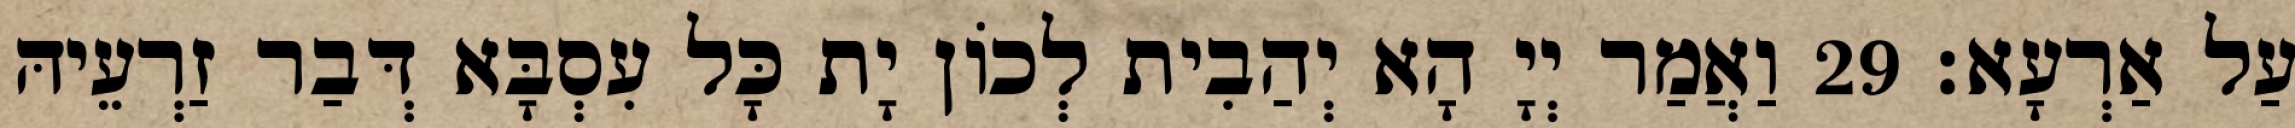
עַל אַרְעָא׃ 29 וַאֲמַר יְיָ הָא יְהַבִית לְכוֹן יָת כָּל עִסְבָּא דְּבַר זַרְעֵיהּ